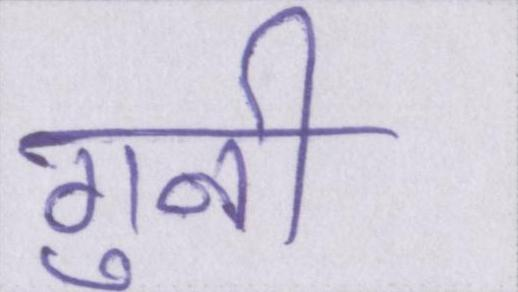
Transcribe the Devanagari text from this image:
गुनी